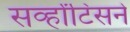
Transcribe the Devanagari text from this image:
सर्व्हांटिसने